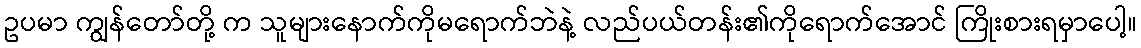
ဥပမာ ကျွန်တော်တို့ က သူများနောက်ကိုမရောက်ဘဲနဲ့ လည်ပယ်တန်း၏ကိုရောက်အောင် ကြိုးစားရမှာပေါ့။